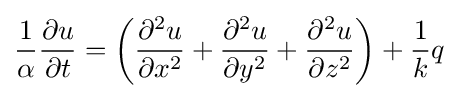
{\frac {1}{\alpha }}{\frac {\partial u}{\partial t}}=\left({\frac {\partial ^{2}u}{\partial x^{2}}}+{\frac {\partial ^{2}u}{\partial y^{2}}}+{\frac {\partial ^{2}u}{\partial z^{2}}}\right)+{\frac {1}{k}}q